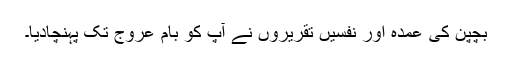
بچپن کی عمدہ اور نفسیں تقریروں نے آپ کو بامِ عروج تک پہنچادیا۔